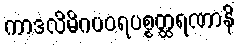
ကာဒလိမိဂပဝရပစ္စတ္ထရဏာနိ